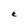
Character: e